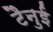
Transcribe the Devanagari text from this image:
टैनुई